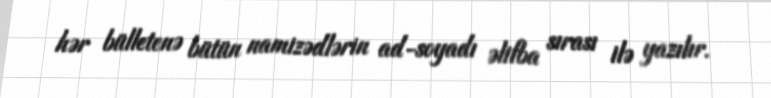
hər bülletenə bütün namizədlərin ad-soyadı əlifba sırası ilə yazılır.